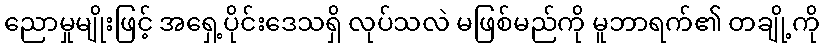
ညောမှုမျိုးဖြင့် အရှေ့ပိုင်းဒေသရှိ လုပ်သလဲ မဖြစ်မည်ကို မူဘာရက်၏ တချို့ကို